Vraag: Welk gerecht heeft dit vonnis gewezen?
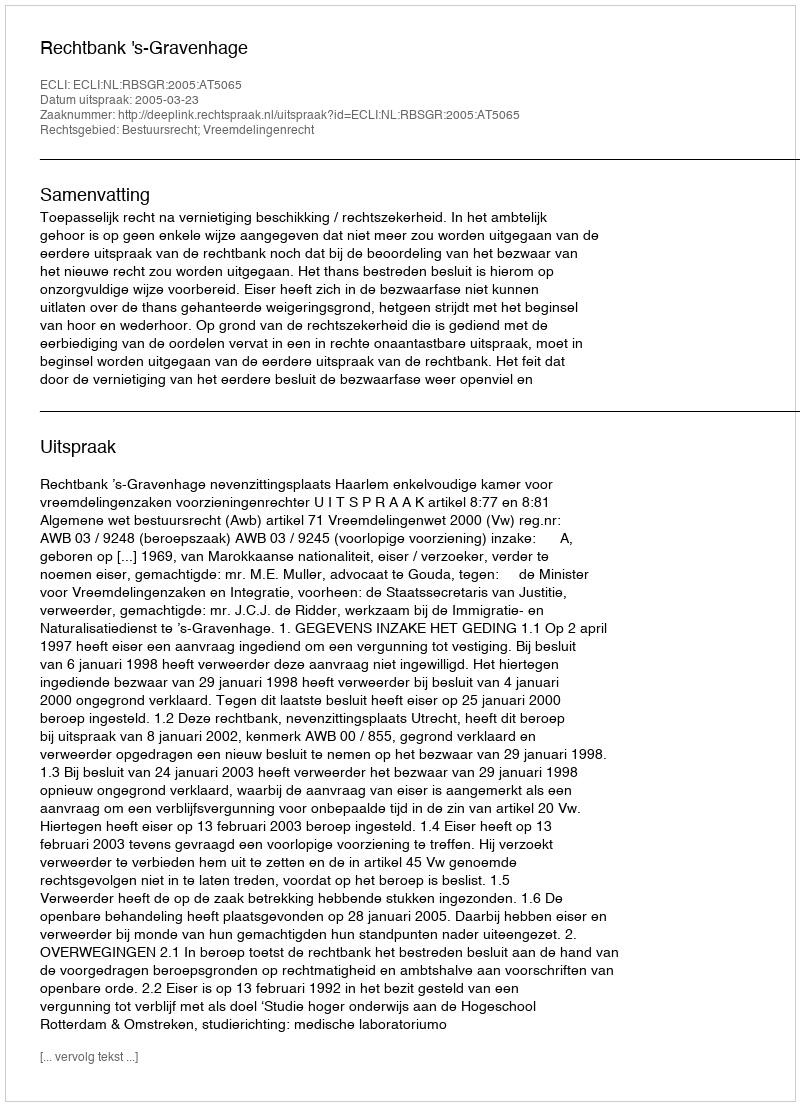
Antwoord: Rechtbank 's-Gravenhage